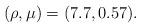
LaTeX: \begin{align*}(\rho,\mu)=(7.7,0.57).\end{align*}